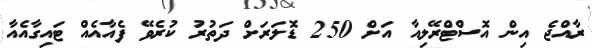
ރާއްޖެ އިން އޮސްޓްރޭލިއާ އަށް 250 ޑޮލަރަށް ދަތުރު ކުރެވޭ ފެއާއެއް ޓައިގާއެއާ